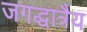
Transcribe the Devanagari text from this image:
जगद्धात्रैय